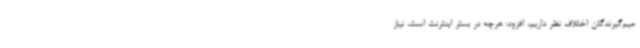
میم‌گیرندگان اختلاف نظر داریم، افزود: هرچه در بستر اینترنت است، نیاز